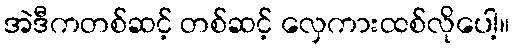
အဲဒီကတစ်ဆင့် တစ်ဆင့် လှေကားထစ်လိုပေါ့။